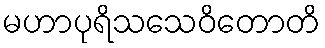
မဟာပုရိသသေဝိတောတိ